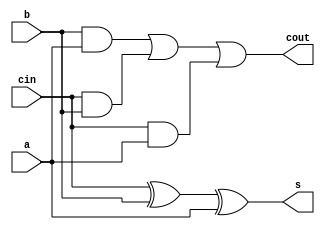
module FA(a,b,cin,s,cout);
	input a,b,cin;
	output s,cout;
	assign s=cin^b^a;
	assign cout=(b&a)|(cin&b)|(cin&a);
endmodule

module fullAdder(SW, LEDR);
	input [9:0]SW;
	output [9:0]LEDR;
	wire C1, C2, C3;
	FA Bit0(SW[4],SW[0],SW[8],LEDR[0],C1);
	FA Bit1(SW[5],SW[1],C1,LEDR[1],C2);
	FA Bit2(SW[6],SW[2],C2,LEDR[2],C3);
	FA Bit3(SW[7],SW[3],C3,LEDR[3],LEDR[9]);
endmodule